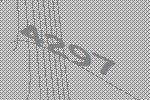
4297